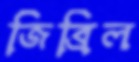
জিব্রিল